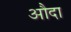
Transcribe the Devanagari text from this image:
औदा